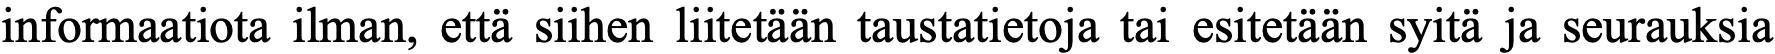
informaatiota ilman, että siihen liitetään taustatietoja tai esitetään syitä ja seurauksia